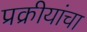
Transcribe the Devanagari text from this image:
प्रक्रीयांचा